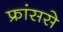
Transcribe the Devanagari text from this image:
फ्रांससे